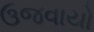
ઉજવાયો